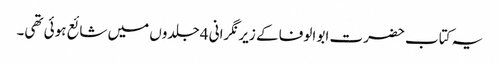
یہ کتاب حضرت ابو الوفا کے زیر نگرانی 4 جلدوں میں شائع ہوئی تھی۔